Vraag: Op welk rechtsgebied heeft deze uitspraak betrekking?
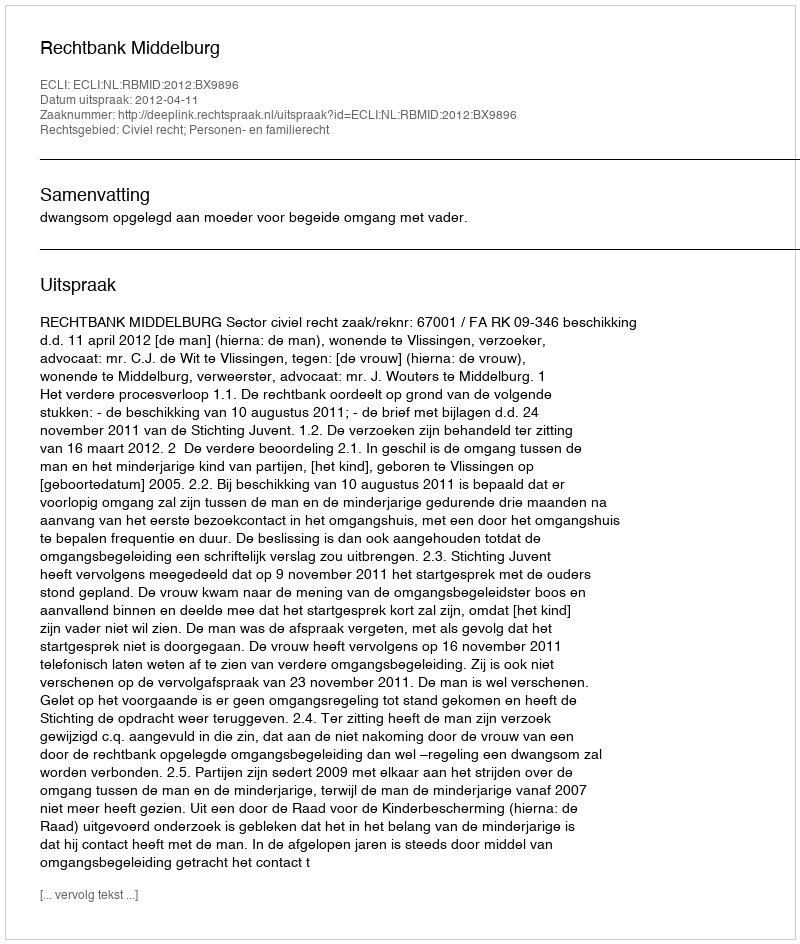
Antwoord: Civiel recht; Personen- en familierecht